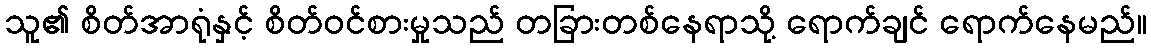
သူ၏ စိတ်အာရုံနှင့် စိတ်ဝင်စားမှုသည် တခြားတစ်နေရာသို့ ရောက်ချင် ရောက်နေမည်။